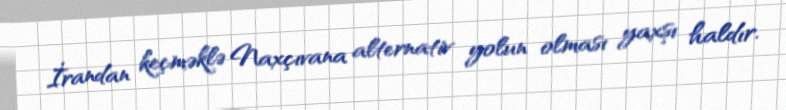
İrandan keçməklə Naxçıvana alternativ yolun olması yaxşı haldır.